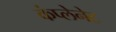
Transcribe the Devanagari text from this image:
कंप्लेनेट